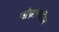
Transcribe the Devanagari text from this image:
सौफ़ोक्लीस